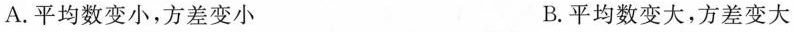
A.平均数变小，方差变小 B.平均数变大，方差变大